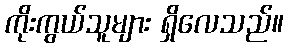
ကိုးကွယ်သူများ ရှိလေသည်။